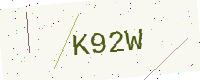
Text: K92W